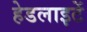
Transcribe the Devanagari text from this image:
हेडलाइटें